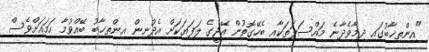
"އިންތިޚާބުގައި ދިމާވެދާނެ މައްސަލަތަކާއި ބެހޭގޮތުން އޭޖީގެ ލަފަޔަކަށް އެދުނިން އިންތިޚާބު ބޭއްވުމާ ހަމައަށްވެސް